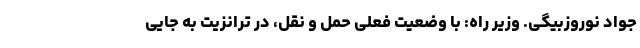
جواد نوروزبیگی. وزیر راه: با وضعیت فعلی حمل و نقل، در ترانزیت به جایی